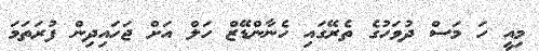
މިއީ ހަ މަސް ދުވަހުގެ ތެރޭގައި ހެނާންޑޭޒް ހަލް އަށް ޖަހައިދިން ފުރަތަމަ